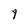
Character: y